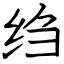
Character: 绉